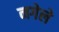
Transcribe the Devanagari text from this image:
नगेले